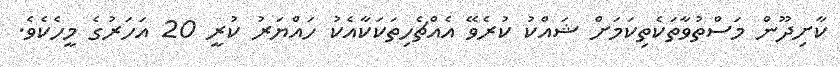
ކާށިދޫން މަސްތުވާތަކެތިކަމަށް ޝައްކު ކުރެވޭ އެއްޗެހިތަކަކާއެކު ހައްޔަރު ކުރީ 20 އަހަރުގެ މީހެކެވެ.